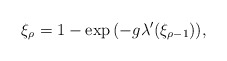
\begin{align*}\xi_\rho = 1 - \exp{\left(-g\lambda'(\xi_{\rho-1})\right)},\end{align*}